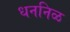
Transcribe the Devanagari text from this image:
धननिळ